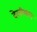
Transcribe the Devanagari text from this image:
देखीभाल